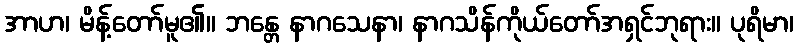
အာဟ၊ မိန့်တော်မူ၏။ ဘန္တေ နာဂသေနာ၊ နာဂသိန်ကိုယ်တော်အရှင်ဘုရား။ ပုရိမာ၊